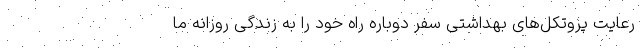
رعایت پروتکل‌های بهداشتی سفر دوباره راه خود را به زندگی روزانه ما